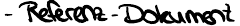
- Referenz-Dokument